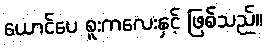
ယောင်ပေ စူးကလေးနှင့် ဖြစ်သည်။